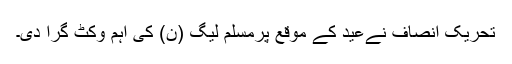
تحریک انصاف نےعید کے موقع پرمسلم لیگ (ن) کی اہم وکٹ گرا دی۔